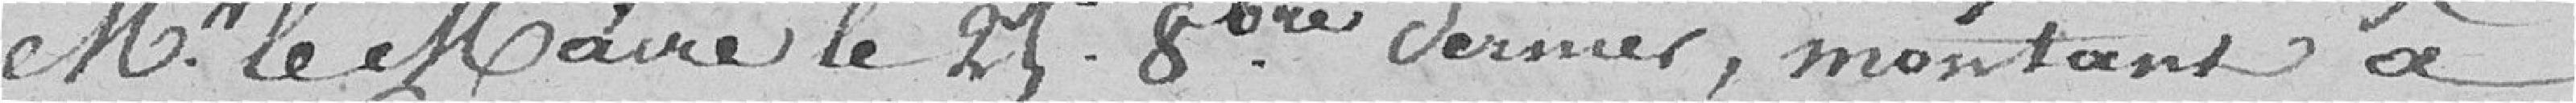
Monsieur le Maire le 25 septembre dernier, montant à